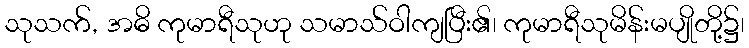
သုသက်, အဓိ ကုမာရီသုဟု သမာသ်ဝါကျပြီး၏၊ ကုမာရီသုမိန်းမပျိုတို့၌၊